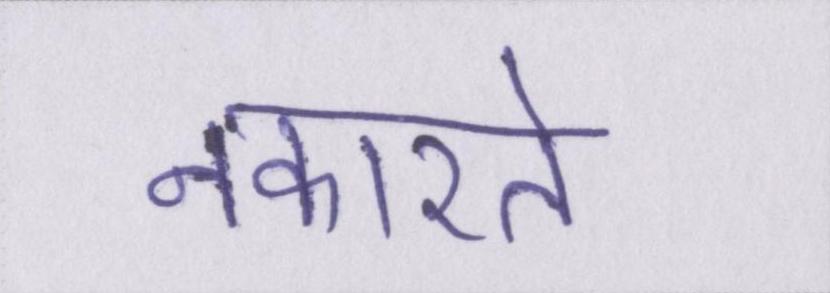
नकारते